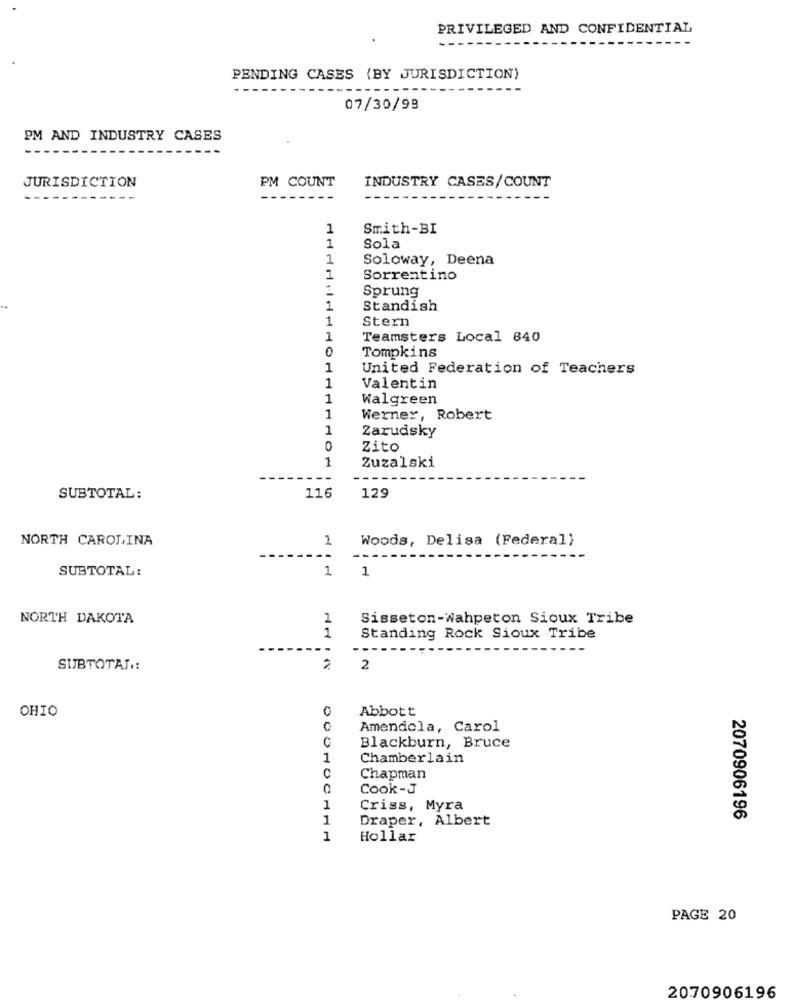
PRIVILEGED AND CONFIDENTIAL
----
PENDING CASES (BY JURISDICTION)
07/30/98
PM AND INDUSTRY CASES
JURISDICTION
PM COUNT
INDUSTRY CASES/COUNT
--
1
Smith-BI
1
Sola
1
Soloway, Deena
1
Sorrentino
Sprung
1
Standish
1
Stern
1
Teamsters Local 840
0
Tompkins
1
United Federation of Teachers
1
Valentin
1
Walgreen
1
Werner, Robert
1
Zarudsky
0
Zito
1
Zuzalski
- -
SUBTOTAL:
116
129
NORTH CAROLINA
1
Woods, Delisa (Federal)
--
SUBTOTAL:
1
1
NORTH DAKOTA
1
Sisseton-Wahpeton Sioux Tribe
1
Standing Rock Sioux Tribe
--
SUBTOTAL .:
2
OHIO
0
Abbott
Amendola, Carol
Blackburn, Bruce
1
Chamberlain
C
Chapman
Cook-J
1
Criss, Myra
1
Draper, Albert
2070906196
1
Hollar
PAGE 20
2070906196